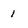
Character: 1